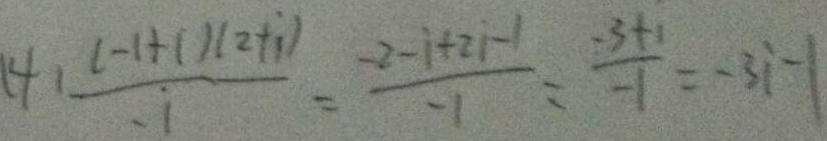
( 4 ) \frac { ( - 1 + i ) ( 2 + i ) } { i } = \frac { - 2 - i + 2 i - 1 } { - 1 } = \frac { - 3 + 1 } { - 1 } = - 3 i - 1